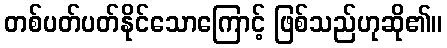
တစ်ပတ်ပတ်နိုင်သောကြောင့် ဖြစ်သည်ဟုဆို၏။